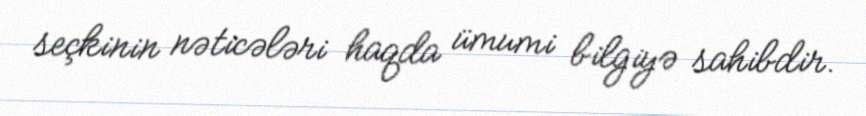
seçkinin nəticələri haqda ümumi bilgiyə sahibdir.